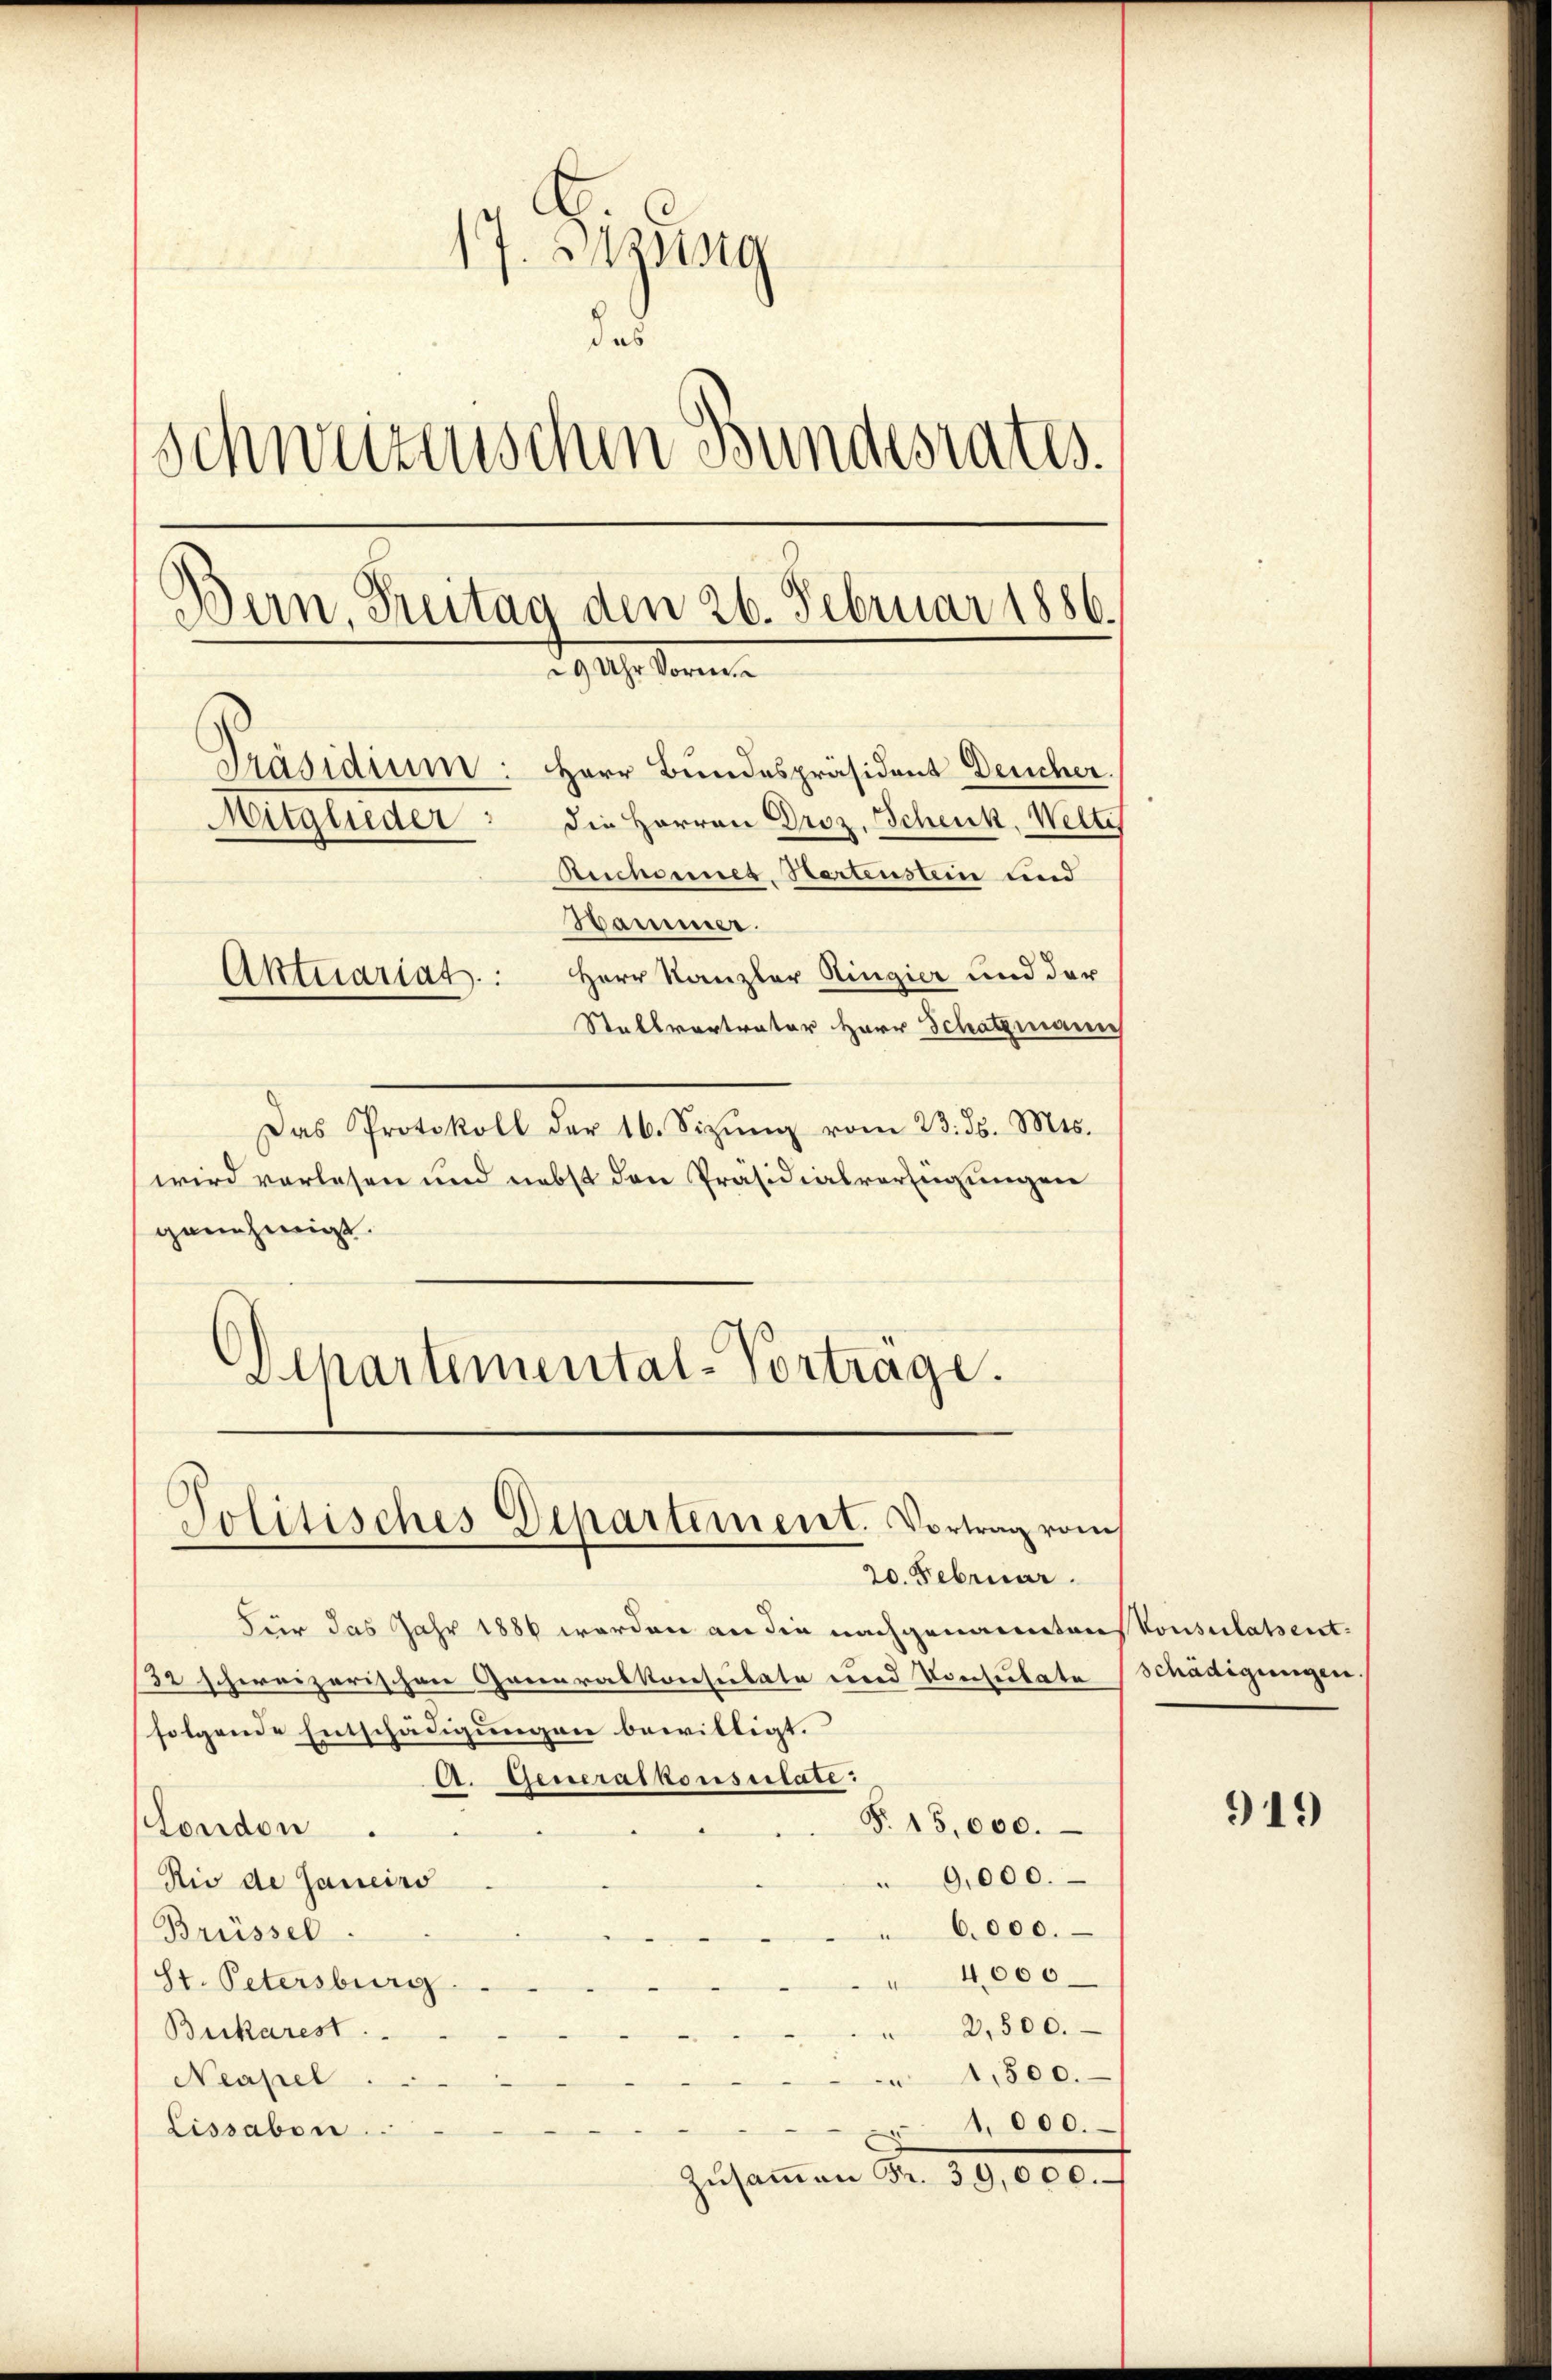
17. Bezeig
das
s
Schweizenschen Bundesrates.
Bern, Freitag den 26. Februar 1886.
29 Uhr Vorm
Präsidium: Herr Bundespräsident Deucher.
die Herren Droz. Schenk, Weltis
Mitglieder:
Ruchener, Bartenstein und
Hammer.
Aktuariat. Herr Kanzler Ringier und der
Stallvertrater Herr Schatzmann

Das Protokoll der 16. Sizŭng vom 23. ds. Mts.
wird verlesen und nebst den Präsidialverfügungen
genehmigt.
Departemental-Vortrage.

Politisches Departement. Vortrag vom

20. Februar.
Für das Jahr 1886 werden an die nachgenanntens konsulatsent¬
32 schweizerischen Generalkonsulate und Konsulate
folgende Entschädigungen bewilligt.
A. Generalkonsulate:
T. 15,000.
London
9,000.
Rio de Janeiro
6.000.
Brüssel.
4000
St. Petersburg.
2,500.
Beikarest.
1,500.
Neapel
1,000.
Lissabon
Zŭsaṁen Fr. 39,000.

schädigungen.

919